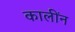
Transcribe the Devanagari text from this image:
कालींन